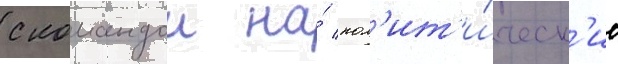
с командои на́ пол'ит'и́ческ'ие